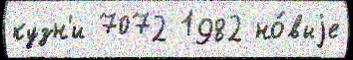
кузн'и 7072 1982 но́выjе